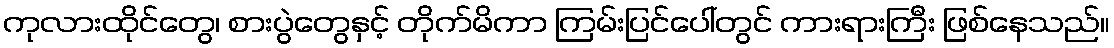
ကုလားထိုင်တွေ၊ စားပွဲတွေနှင့် တိုက်မိကာ ကြမ်းပြင်ပေါ်တွင် ကားရားကြီး ဖြစ်နေသည်။